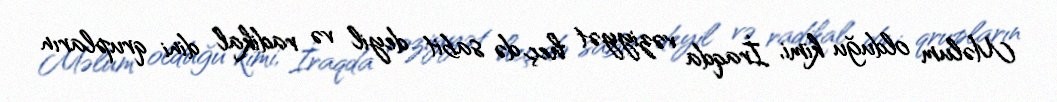
Məlum olduğu kimi, İraqda vəziyyət heç də sabit deyil və radikal dini qrupların